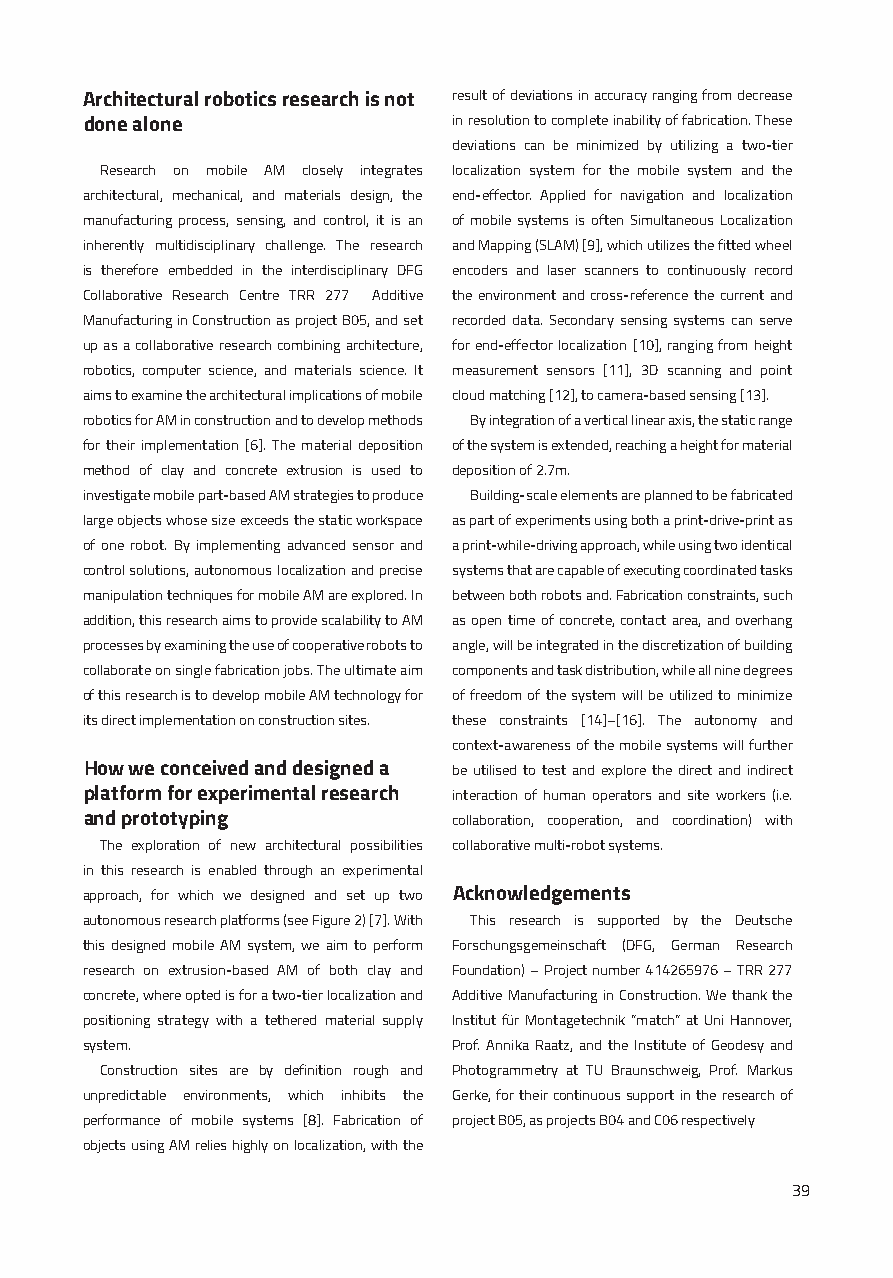
Architectural robotics research is not result of deviations in accuracy ranging from decrease
 done alone              in resolution to complete inability of fabrication. These
 deviations can be minimized by utilizing a two-tier
 Research on mobile AM closely integrates localization system for the mobile system and the
 architectural, mechanical, and materials design, the end-effector. Applied for navigation and localization
 manufacturing process, sensing, and control, it is an of mobile systems is often Simultaneous Localization
 inherently multidisciplinary challenge. The research and Mapping (SLAM) [9], which utilizes the fitted wheel
 is therefore embedded in the interdisciplinary DFG encoders and laser scanners to continuously record
 Collaborative Research Centre TRR 277 Additive the environment and cross-reference the current and
 Manufacturing in Construction as project B05, and set recorded data. Secondary sensing systems can serve
 up as a collaborative research combining architecture, for end-effector localization [10], ranging from height
 robotics, computer science, and materials science. It measurement sensors [11], 3D scanning and point
 aims to examine the architectural implications of mobile cloud matching [12], to camera-based sensing [13].
 robotics for AM in construction and to develop methods By integration of a vertical linear axis, the static range
 for their implementation [6]. The material deposition of the system is extended, reaching a height for material
 method of clay and concrete extrusion is used to deposition of 2.7m.
 investigate mobile part-based AM strategies to produce Building-scale elements are planned to be fabricated
 large objects whose size exceeds the static workspace as part of experiments using both a print-drive-print as
 of one robot. By implementing advanced sensor and a print-while-driving approach, while using two identical
 control solutions, autonomous localization and precise systems that are capable of executing coordinated tasks
 manipulation techniques for mobile AM are explored. In between both robots and. Fabrication constraints, such
 addition, this research aims to provide scalability to AM as open time of concrete, contact area, and overhang
 processes by examining the use of cooperative robots to angle, will be integrated in the discretization of building
 collaborate on single fabrication jobs. The ultimate aim components and task distribution, while all nine degrees
 of this research is to develop mobile AM technology for of freedom of the system will be utilized to minimize
 its direct implementation on construction sites. these constraints [14]–[16]. The autonomy and
 context-awareness of the mobile systems will further
 How we conceived and designed a be utilised to test and explore the direct and indirect
 platform for experimental research interaction of human operators and site workers (i.e.
 and prototyping         collaboration, cooperation, and coordination) with
 The exploration of new architectural possibilities collaborative multi-robot systems.
 in this research is enabled through an experimental
 approach, for which we designed and set up two Acknowledgements
 autonomous research platforms (see Figure 2) [7]. With This research is supported by the Deutsche
 this designed mobile AM system, we aim to perform Forschungsgemeinschaft (DFG, German Research
 research on extrusion-based AM of both clay and Foundation) – Project number 414265976 – TRR 277
 concrete, where opted is for a two-tier localization and Additive Manufacturing in Construction. We thank the
 positioning strategy with a tethered material supply Institut für Montagetechnik “match” at Uni Hannover,
 system.                  Prof. Annika Raatz, and the Institute of Geodesy and
 Construction sites are by definition rough and Photogrammetry at TU Braunschweig, Prof. Markus
 unpredictable environments, which inhibits the Gerke, for their continuous support in the research of
 performance of mobile systems [8]. Fabrication of project B05, as projects B04 and C06 respectively
 objects using AM relies highly on localization, with the
 39